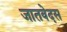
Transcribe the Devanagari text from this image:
जातवेदस